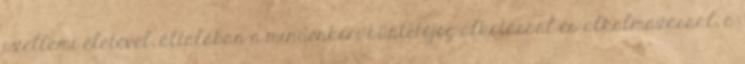
szellemi életével; általában a mindenkori büntetőjog-alkotással és alkalmazással, a